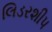
લિડરશીપ